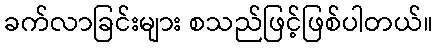
ခက်လာခြင်းများ စသည်ဖြင့်ဖြစ်ပါတယ်။